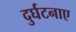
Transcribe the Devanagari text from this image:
दुर्घटनाए